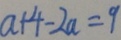
a + 4 - 2 a = 9